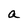
Character: a